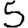
Digit: 5